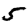
Digit: 5